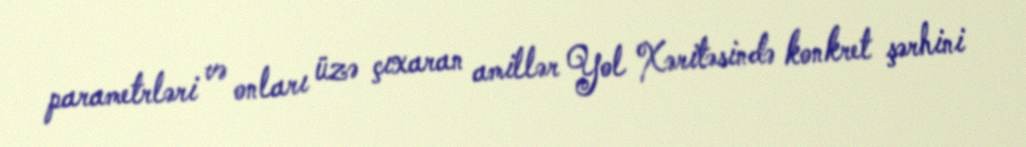
parametrləri və onları üzə çıxaran amillər Yol Xəritəsində konkret şərhini